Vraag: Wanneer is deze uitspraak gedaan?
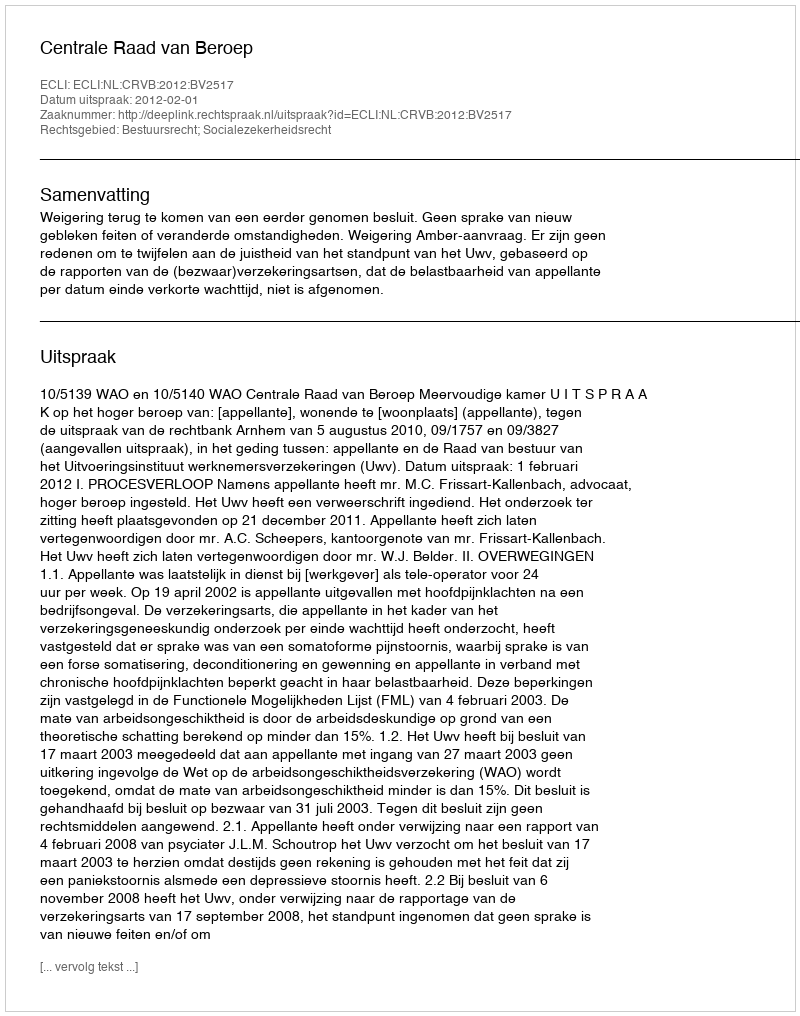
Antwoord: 2012-02-01